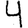
Digit: 4